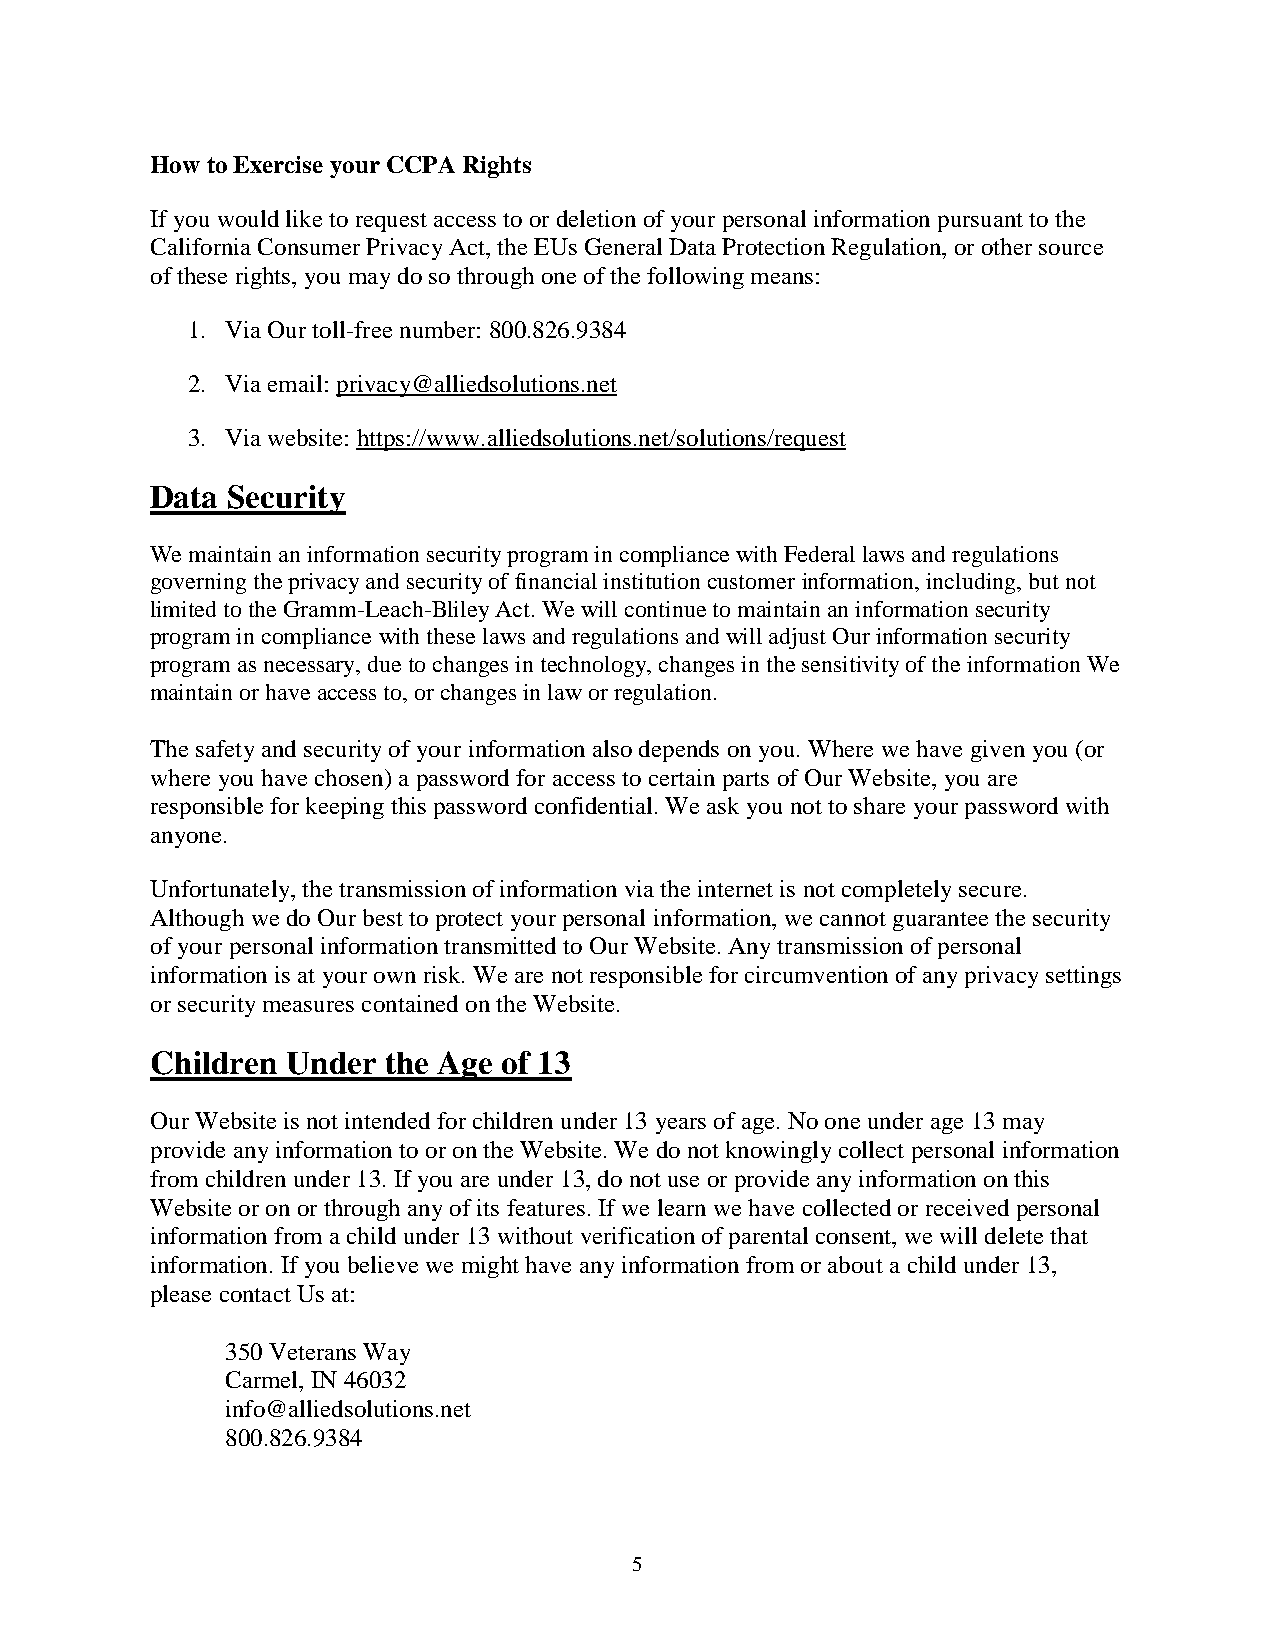
How to Exercise your CCPA Rights
 If you would like to request access to or deletion of your personal information pursuant to the
 California Consumer Privacy Act, the EUs General Data Protection Regulation, or other source
 of these rights, you may do so through one of the following means:
 1. Via Our toll-free number: 800.826.9384
 2. Via email: privacy@alliedsolutions.net
 3. Via website: https://www.alliedsolutions.net/solutions/request
 Data Security
 We maintain an information security program in compliance with Federal laws and regulations
 governing the privacy and security of financial institution customer information, including, but not
 limited to the Gramm-Leach-Bliley Act. We will continue to maintain an information security
 program in compliance with these laws and regulations and will adjust Our information security
 program as necessary, due to changes in technology, changes in the sensitivity of the information We
 maintain or have access to, or changes in law or regulation.
 The safety and security of your information also depends on you. Where we have given you (or
 where you have chosen) a password for access to certain parts of Our Website, you are
 responsible for keeping this password confidential. We ask you not to share your password with
 anyone.
 Unfortunately, the transmission of information via the internet is not completely secure.
 Although we do Our best to protect your personal information, we cannot guarantee the security
 of your personal information transmitted to Our Website. Any transmission of personal
 information is at your own risk. We are not responsible for circumvention of any privacy settings
 or security measures contained on the Website.
 Children Under the Age of 13
 Our Website is not intended for children under 13 years of age. No one under age 13 may
 provide any information to or on the Website. We do not knowingly collect personal information
 from children under 13. If you are under 13, do not use or provide any information on this
 Website or on or through any of its features. If we learn we have collected or received personal
 information from a child under 13 without verification of parental consent, we will delete that
 information. If you believe we might have any information from or about a child under 13,
 please contact Us at:
 350 Veterans Way
 Carmel, IN 46032
 info@alliedsolutions.net
 800.826.9384
 5